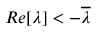
R e [ \lambda ] < - { \overline { { \lambda } } }